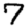
Digit: 7